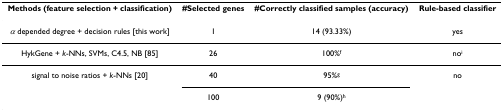
| Methods (feature selection + classification) | #Selected genes | #Correctly classified samples (accuracy) | Rule-based classifier |
 | --- | --- | --- | --- |
 | α depended degree + decision rules [this work] | 1 | 14 (93.33%) | yes |
 | HykGene + k-NNs, SVMs, C4.5, NB [85] | 26 | 100%f | noi |
 | signal to noise ratios + k-NNs [20] | 40 | 95%g | no |
 |  | 100 | 9 (90%)h |  |